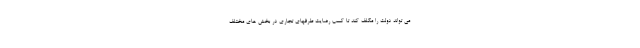
می تواند دولت را مکلف کند تا کسب رضایت طرفهای تجاری در بخش های مختلف